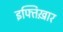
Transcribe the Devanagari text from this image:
इफ्तिख़ार